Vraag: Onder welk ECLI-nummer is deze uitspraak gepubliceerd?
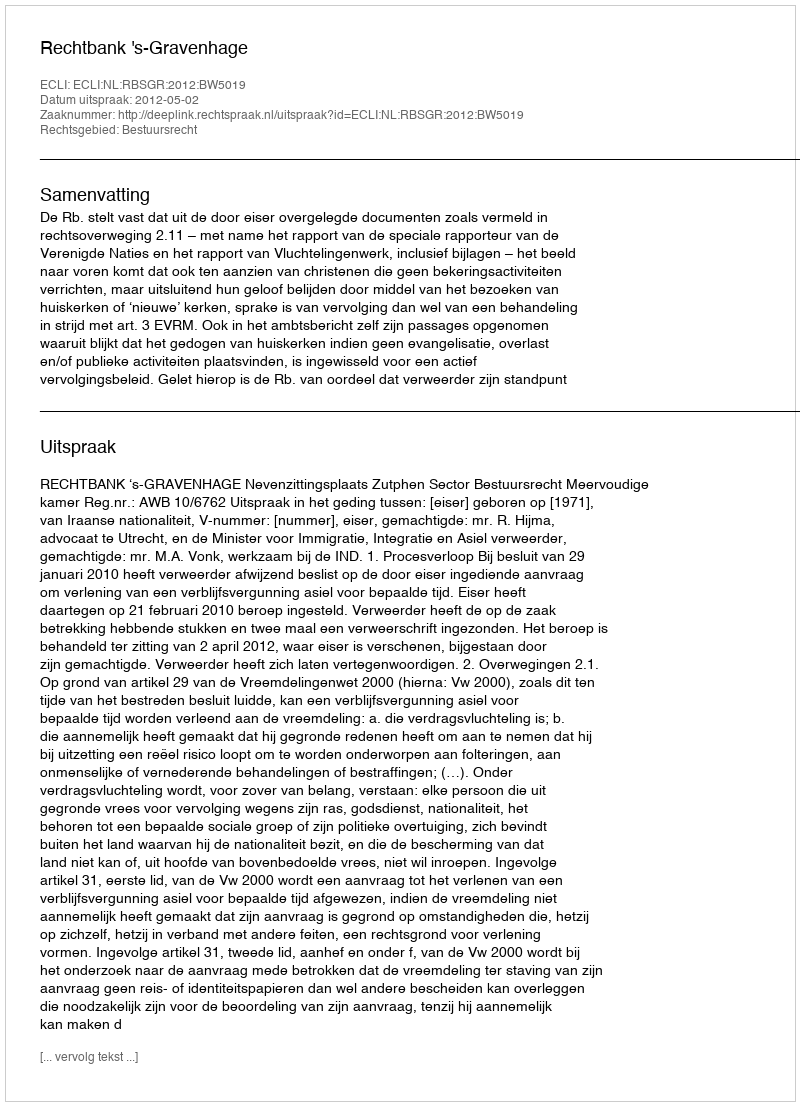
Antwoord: ECLI:NL:RBSGR:2012:BW5019